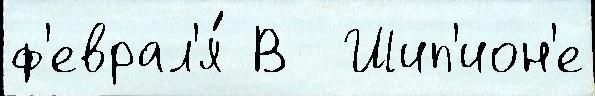
ф'еврал'я́ В  Шип'ион'е